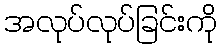
အလုပ်လုပ်ခြင်းကို